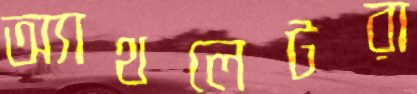
অ্যাথলেটরা